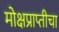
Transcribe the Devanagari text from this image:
मोक्षप्राप्तीचा